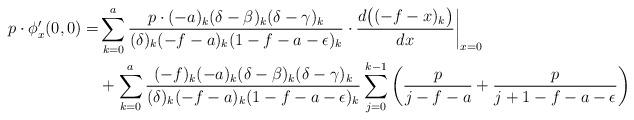
LaTeX: \begin{align*}p\cdot\phi_x'(0,0)=&\sum_{k=0}^a\frac{p\cdot (-a)_k(\delta-\beta)_k(\delta-\gamma)_k}{(\delta)_k(-f-a)_k(1-f-a-\epsilon)_k}\cdot\frac{d\big((-f-x)_k\big)}{d x}\bigg|_{x=0}\\&+\sum_{k=0}^a\frac{(-f)_k(-a)_k(\delta-\beta)_k(\delta-\gamma)_k}{(\delta)_k(-f-a)_k(1-f-a-\epsilon)_k}\sum_{j=0}^{k-1}\bigg(\frac{p}{j-f-a}+\frac{p}{j+1-f-a-\epsilon}\bigg)\end{align*}